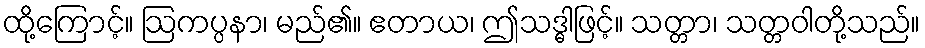
ထို့ကြောင့်။ ဩကပ္ပနာ၊ မည်၏။ ဧတာယ၊ ဤသဒ္ဓါဖြင့်။ သတ္တာ၊ သတ္တဝါတို့သည်။